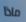
ماذا